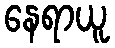
နေရာယူ